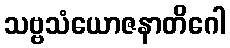
သဗ္ဗသံယောဇနာတိဂေါ